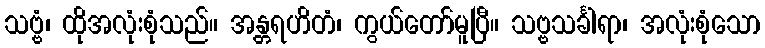
သဗ္ဗံ၊ ထိုအလုံးစုံသည်။ အန္တရဟိတံ၊ ကွယ်တော်မူပြီ။ သဗ္ဗသင်္ခါရာ၊ အလုံးစုံသော